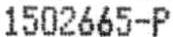
1502665-P